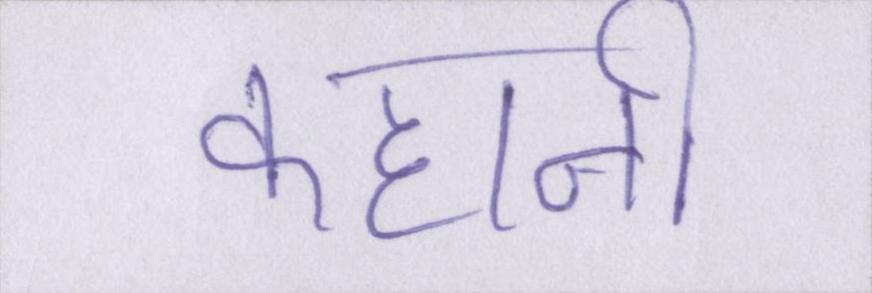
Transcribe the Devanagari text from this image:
कहानी।